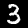
Label: 3